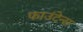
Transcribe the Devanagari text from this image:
फाउंटेन्स